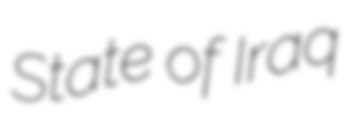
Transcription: State of Iraq